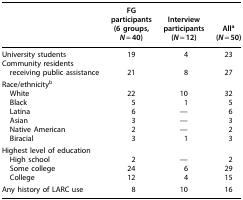
<table><thead><tr><td><b> </b></td><td><b>FG participants (6 groups, <i>N</i> = 40)</b></td><td><b>Interview participants (<i>N</i> = 12)</b></td><td><b>All<sup>a</sup> (<i>N</i> = 50)</b></td></tr></thead><tbody><tr><td>University students</td><td>19</td><td>4</td><td>23</td></tr><tr><td>Community residents</td><td> </td><td> </td><td> </td></tr><tr><td> receiving public assistance</td><td>21</td><td>8</td><td>27</td></tr><tr><td colspan="4">Race/ethnicity<sup>b</sup></td></tr><tr><td> White</td><td>22</td><td>10</td><td>32</td></tr><tr><td> Black</td><td>5</td><td>1</td><td>5</td></tr><tr><td> Latina</td><td>6</td><td>—</td><td>6</td></tr><tr><td> Asian</td><td>3</td><td>—</td><td>3</td></tr><tr><td> Native American</td><td>2</td><td>—</td><td>2</td></tr><tr><td> Biracial</td><td>3</td><td>1</td><td>3</td></tr><tr><td colspan="4">Highest level of education</td></tr><tr><td> High school</td><td>2</td><td>—</td><td>2</td></tr><tr><td> Some college</td><td>24</td><td>6</td><td>29</td></tr><tr><td> College</td><td>12</td><td>4</td><td>15</td></tr><tr><td>Any history of LARC use</td><td>8</td><td>10</td><td>16</td></tr></tbody></table>